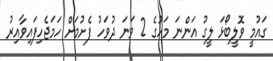
ގައުމީ ވޮލީބޯޅަ ލީގު އަންނަ މަހުގެ 2 ވަނަ ދުވަހު ފެށުމަށް ހަމަޖެހިފައިވާއިރު